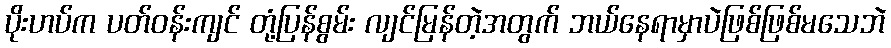
ပိုးဟပ်က ပတ်ဝန်းကျင် တုံ့ပြန်စွမ်း လျင်မြန်တဲ့အတွက် ဘယ်နေရာမှာပဲဖြစ်ဖြစ်မသေဘဲ